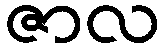
ဇာလ